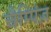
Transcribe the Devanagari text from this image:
चैम्पिंज़